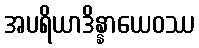
အပရိယာဒိန္နာယေဝဿ